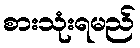
စားသုံးရမည်